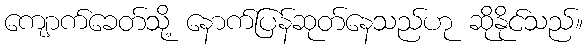
ကျောက်ခေတ်သို့ နောက်ပြန်ဆုတ်နေသည်ဟု ဆိုနိုင်သည်။